65_HS1-834228961_62-HQ-83894_Section_9
Agency: FBI
Page 5
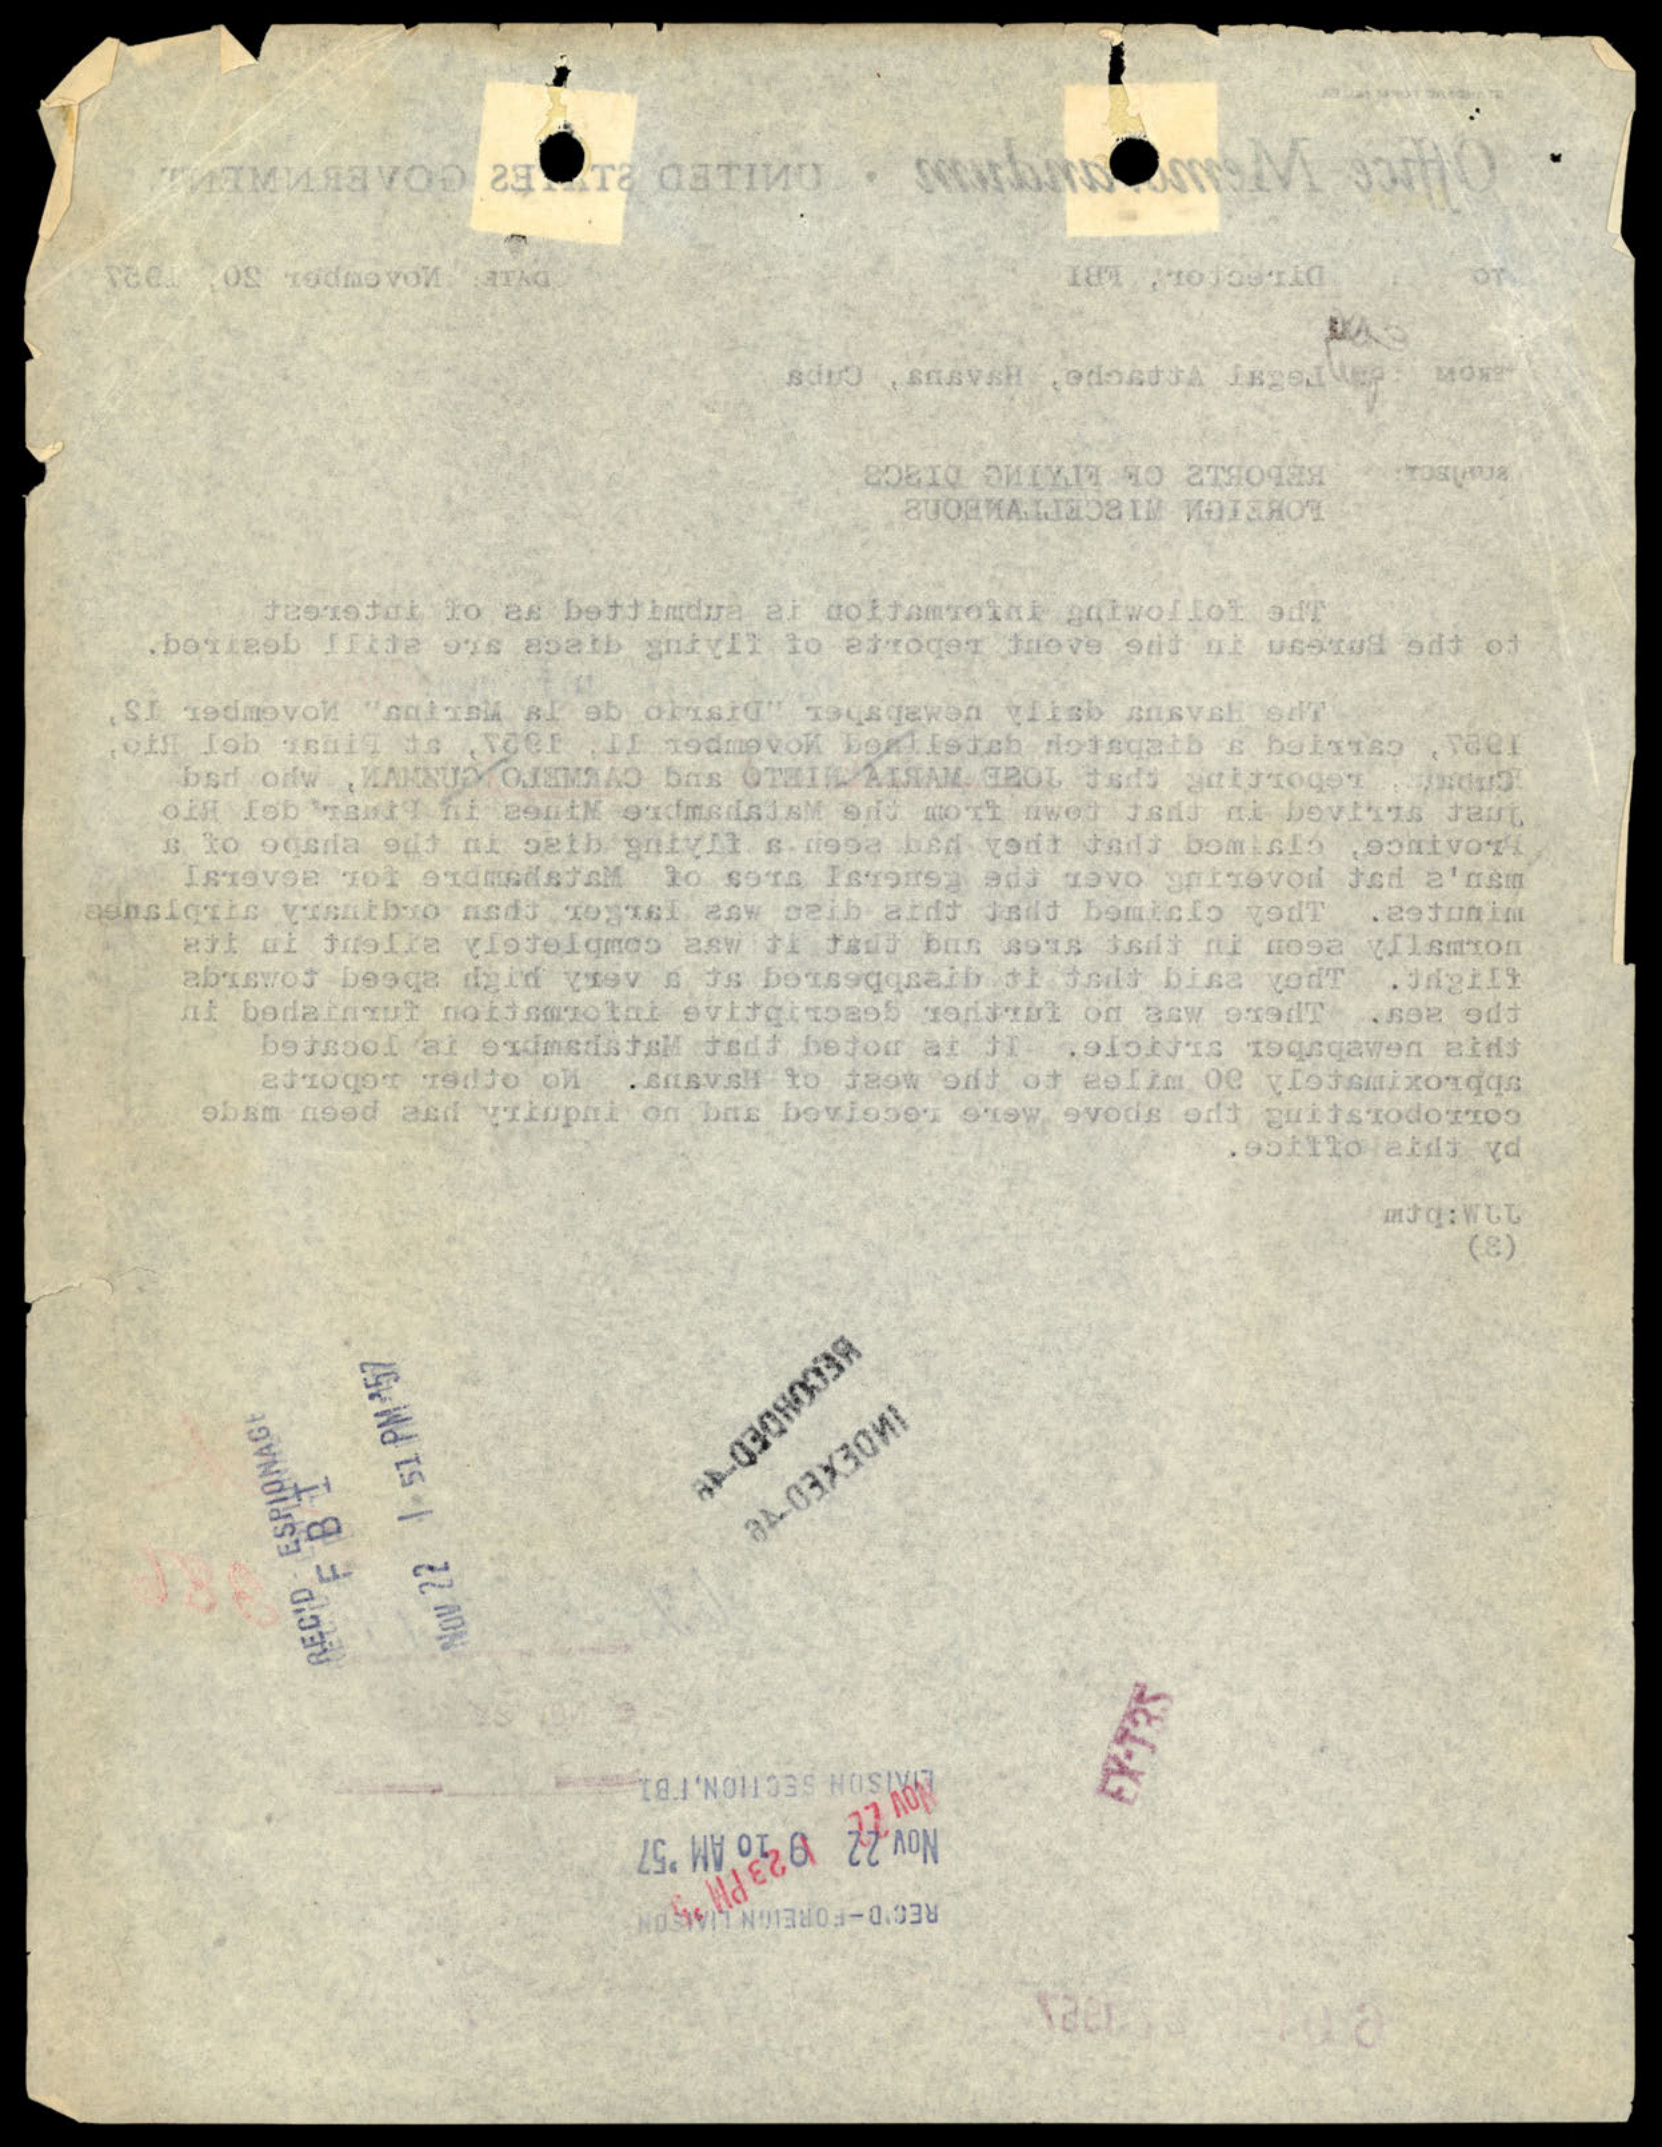